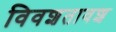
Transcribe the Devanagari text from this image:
विवशतावश